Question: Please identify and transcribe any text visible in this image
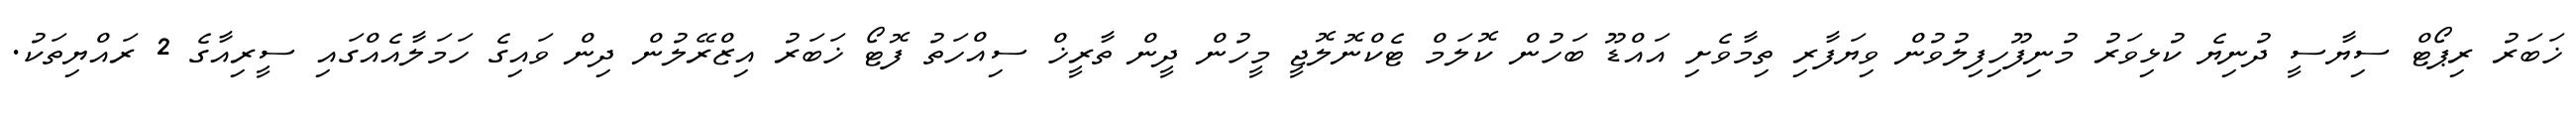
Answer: ޚަބަރު ރިޕޯޓް ސިޔާސީ ދުނިޔެ ކުޅިވަރު މުނިފޫހިފިލުވުން ވިޔަފާރި ތިމާވެށި އައްޑޫ ބަހުން ކޮލަމް ޓެކްނޮލޮޖީ މީހުން ދީން ތާރީޚް ސިއްހަތު ފޮޓޯ ޚަބަރު އިޒްރޭލުން ދިން ވައިގެ ހަމަލާއެއްގައި ސީރިއާގެ 2 ރައްޔިތަކު.